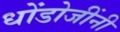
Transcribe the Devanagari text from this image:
धोंडोजींनी